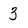
Character: 3